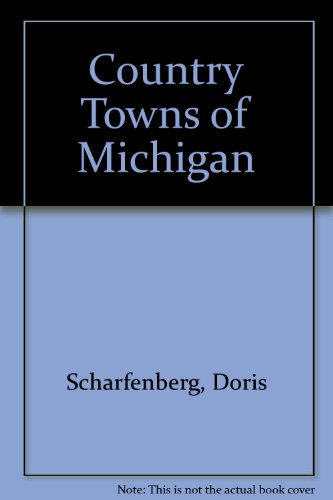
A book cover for Country Towns of Michigan; Doris Scharfenberg; Travel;